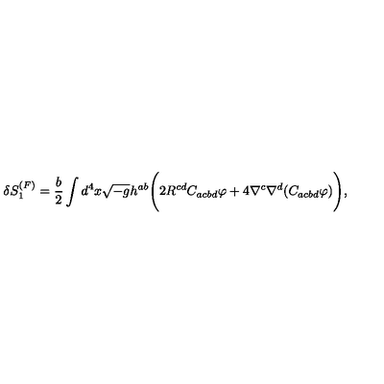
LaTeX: \delta S _ { 1 } ^ { ( F ) } = \frac { b } { 2 } \int d ^ { 4 } x \sqrt { - g } h ^ { a b } \Biggl ( 2 R ^ { c d } C _ { a c b d } \varphi + 4 \nabla ^ { c } \nabla ^ { d } ( C _ { a c b d } \varphi ) \Biggr ) ,